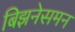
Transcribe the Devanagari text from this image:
बिझनेसमन